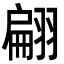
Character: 翩